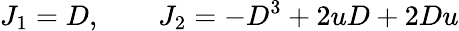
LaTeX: J_{1}=D,\qquad J_{2}=-D^{3}+2uD+2Du